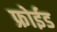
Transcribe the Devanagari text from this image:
फ्रोईड